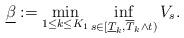
LaTeX: \begin{align*}\underline{\beta} := \min_{1 \leq k \leq K_1} \inf_{s\in[\underline{T}_k,\overline{T}_k \wedge t)} V_s.\end{align*}